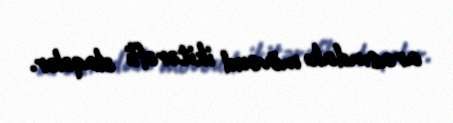
arasındakı mövcud ikitərəfli əlaqələr.